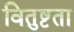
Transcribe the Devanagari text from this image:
वितुष्टता